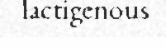
lactigenous